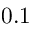
0 . 1